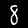
Label: 8